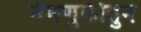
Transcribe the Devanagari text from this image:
नेमणुकीतुन